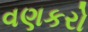
વણકરો